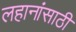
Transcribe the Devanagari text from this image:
लहानांसाठी